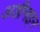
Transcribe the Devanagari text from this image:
अडीनाइन